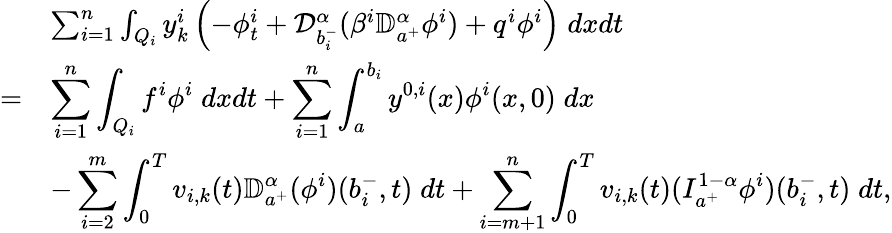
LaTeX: \begin{array}{rl}&{\sum_{i=1}^{n}\int_{Q_{i}}y_{k}^{i}\left(-\phi_{t}^{i}+\mathcal{D}_{b_{i}^{-}}^{\alpha}(\beta^{i}\mathbb{D}_{a^{+}}^{\alpha}\phi^{i})+q^{i}\phi^{i}\right)\; dxdt}\\ {=}&{\displaystyle\sum_{i=1}^{n}\int_{Q_{i}}f^{i}\phi^{i}\; dxdt+\displaystyle\sum_{i=1}^{n}\int_{a}^{b_{i}}y^{0,i}(x)\phi^{i}(x,0)\; dx}\\ &{-\displaystyle\sum_{i=2}^{m}\int_{0}^{T}v_{i,k}(t)\mathbb{D}_{a^{+}}^{\alpha}(\phi^{i})(b_{i}^{-},t)\; dt+\displaystyle\sum_{i=m+1}^{n}\int_{0}^{T}v_{i,k}(t)(I_{a^{+}}^{1-\alpha}\phi^{i})(b_{i}^{-},t)\; dt,}\end{array}